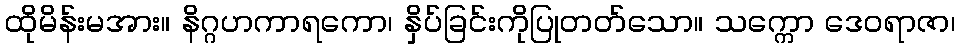
ထိုမိန်းမအား။ နိဂ္ဂဟကာရကော၊ နှိပ်ခြင်းကိုပြုတတ်သော။ သက္ကော ဒေဝရာဇာ၊